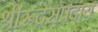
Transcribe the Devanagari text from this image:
श्रीरूद्रसंप्रदाय